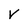
Character: V